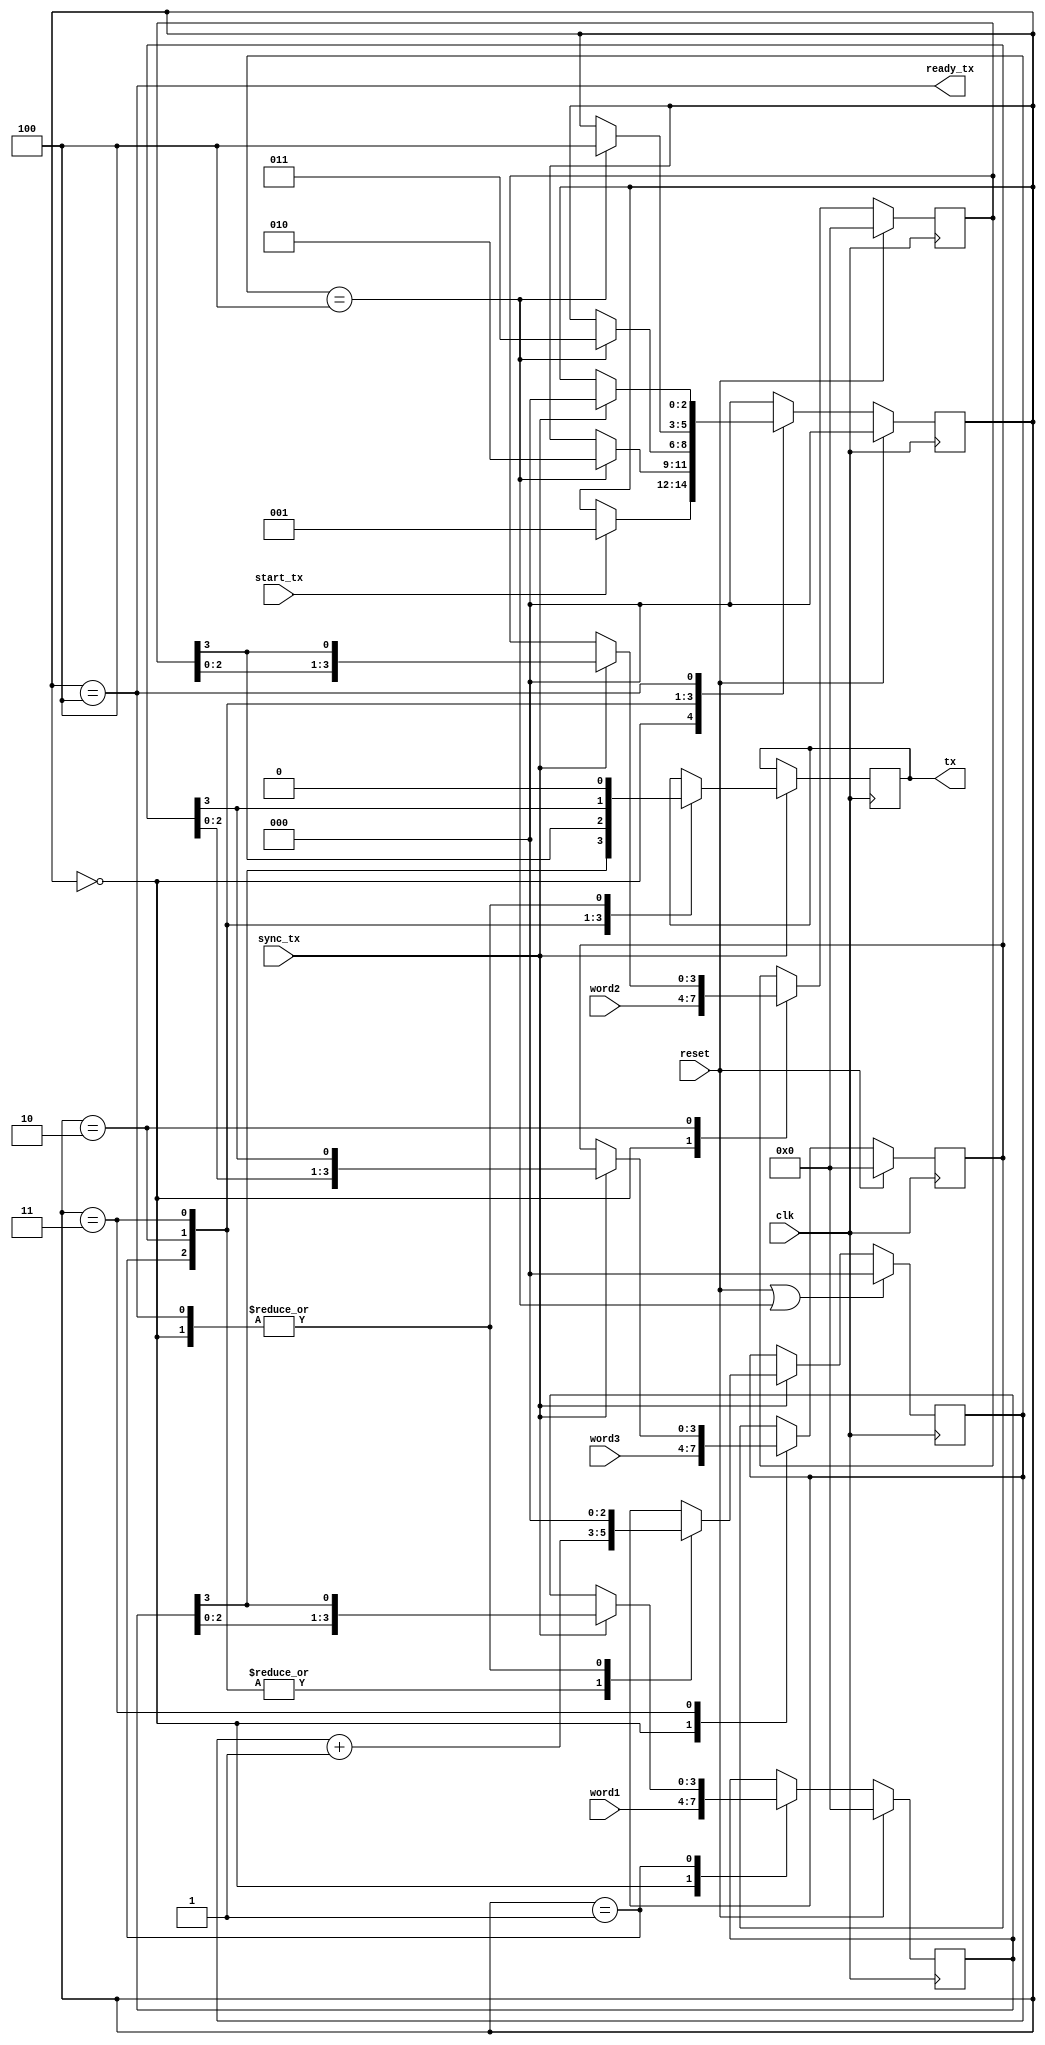


module fpga_tx_com(clk,reset,word1,word2,word3,sync_tx,tx,ready_tx,start_tx);

parameter wait_tx = 3'd0;
parameter tx_1 = 3'd1;
parameter tx_2 =3'd2;
parameter tx_3 = 3'd3;
parameter end_tx = 3'd4;

input clk,reset,sync_tx,start_tx;
output tx;
reg tx;
input [3:0] word1,word2,word3;
reg [3:0] word1s,word2s,word3s;
output ready_tx;
initial word1s = 4'd0;
initial word2s = 4'd0;
initial word3s = 4'd0;

reg [2:0] ST_tx;
initial ST_tx = 0;

reg[2:0] count_bit;
initial count_bit = 0 ;

assign ready_tx = (ST_tx==end_tx);

always@(posedge clk)
if(reset)ST_tx <= wait_tx;
else 
	case(ST_tx)
		wait_tx:if(start_tx) ST_tx<=tx_1;
				else ST_tx <= ST_tx;
		tx_1:if(count_bit == 4 )ST_tx <= tx_2;
			 else ST_tx<=ST_tx;
		tx_2:if(count_bit == 4 )ST_tx <= tx_3;
			 else ST_tx<=ST_tx;
		tx_3:if(count_bit == 4 )ST_tx <= end_tx;
			 else ST_tx<=ST_tx;
		end_tx:if(sync_tx)ST_tx<=wait_tx;
				else ST_tx <= ST_tx;
	default:ST_tx<=wait_tx;
	endcase
	
always@(posedge clk)
if(reset||count_bit==4)count_bit <= 0;
else if(sync_tx)
	case(ST_tx)
		wait_tx: count_bit <= 0;
		tx_1: count_bit<=count_bit+1;
		tx_2: count_bit<=count_bit+1;
		tx_3: count_bit<=count_bit+1;
		end_tx:count_bit<=0;
	default:count_bit<=count_bit;
	endcase	
else count_bit <= count_bit;

always@(posedge clk)
if(sync_tx)
case(ST_tx)
		wait_tx: tx<=0;
		tx_1: tx<=word1s[3];
		tx_2: tx<=word2s[3];
		tx_3: tx<=word3s[3];
		end_tx:tx<=0;
	default:tx<=tx;
endcase	
else tx<=tx;

always@(posedge clk)
if(reset)word1s <= 4'd0;
else 
	case(ST_tx)
		wait_tx: word1s <= word1;
		tx_1: if(sync_tx)word1s<={word1s[2:0],word1s[3]};
				else word1s<=word1s;
		tx_2: word1s<=word1s;
		tx_3: word1s<=word1s;
		end_tx:word1s<=word1s;
	default:word1s<=word1s;
	endcase	

always@(posedge clk)
if(reset)word2s <= 4'd0;
else 
	case(ST_tx)
		wait_tx: word2s <= word2;
		tx_2: if(sync_tx) word2s<={word2s[2:0],word2s[3]};
			else word2s<=word2s;
		tx_1: word2s<=word2s;
		tx_3: word2s<=word2s;
		end_tx:word2s<=word2s;
	default:word2s<=word2s;
	endcase	

always@(posedge clk)
if(reset)word3s <= 4'd0;
else 
	case(ST_tx)
		wait_tx: word3s <= word3;
		tx_3: if(sync_tx) word3s<={word3s[2:0],word3s[3]};
			else word3s<=word3s;
		tx_2: word3s<=word3s;
		tx_1: word3s<=word3s;
		end_tx:word3s<=word3s;
	default:word3s<=word3s;
	endcase	



endmodule